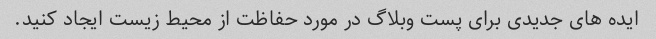
ایده های جدیدی برای پست وبلاگ در مورد حفاظت از محیط زیست ایجاد کنید.